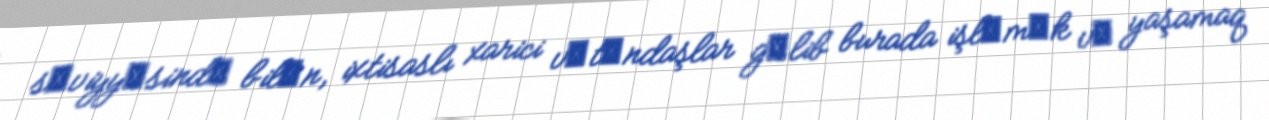
sәviyyәsindә bilәn, ixtisaslı xarici vәtәndaşlar gәlib burada işlәmәk vә yaşamaq